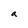
Character: a